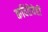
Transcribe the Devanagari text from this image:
कवितेचेही